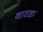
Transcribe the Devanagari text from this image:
बाध्‍क